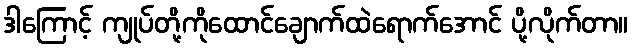
ဒါကြောင့် ကျုပ်တို့ကိုထောင်ချောက်ထဲရောက်အောင် ပို့လိုက်တာ။